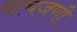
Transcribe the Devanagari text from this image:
पाचजणी